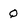
Character: Q